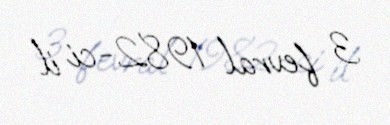
3 fevral 1982-ci il